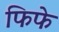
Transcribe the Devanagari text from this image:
फिफे